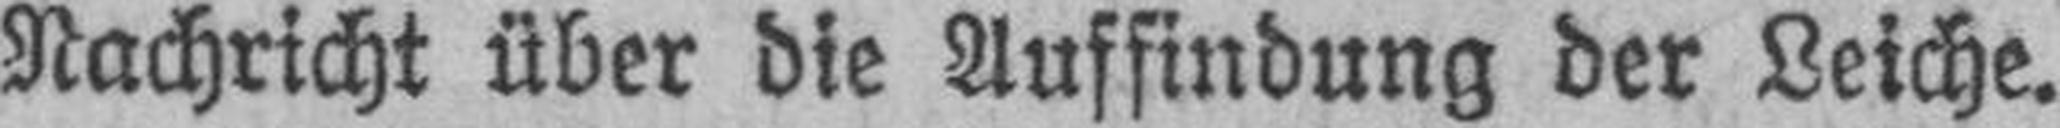
Nachricht über die Auffindung der Leiche.